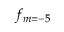
f _ { m = - 5 }